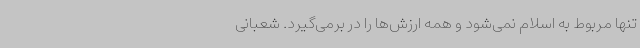
تنها مربوط به اسلام نمی‌شود و همه ارزش‌ها را در برمی‌گیرد. شعبانی